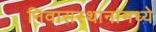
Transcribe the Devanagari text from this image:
निवासस्थानांमध्ये